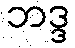
ဘဒ္ဒ